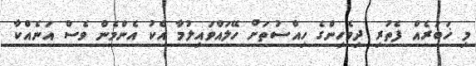
މި ޚަބަރެއް ފެތުރި ދިވެހިންގެ ހިއްސުތަށް ހޭލައްވައިލުމާ އެކު އެންމެން ވެސް އަނެއްކާ